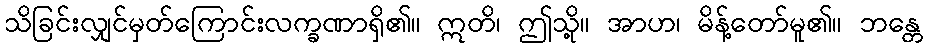
သိခြင်းလျှင်မှတ်ကြောင်းလက္ခဏာရှိ၏။ ဣတိ၊ ဤသို့။ အာဟ၊ မိန့်တော်မူ၏။ ဘန္တေ